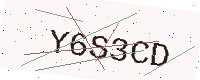
Text: Y6S3CD